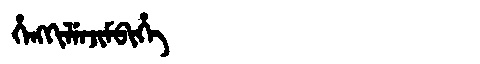
Manchu: ᡥᡝᠩᡴᡳᠯᡝᠨᠵᡳᠮᠪᡳᡥᡝ
Romanization: HENGKILENJIMBIHE